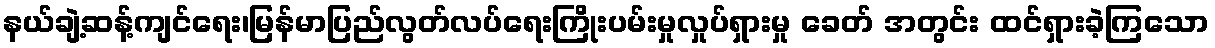
နယ်ချဲ့ဆန့်ကျင်ရေး၊မြန်မာပြည်လွတ်လပ်ရေးကြိုးပမ်းမှုလှုပ်ရှားမှု ခေတ် အတွင်း ထင်ရှားခဲ့ကြသော